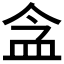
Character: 𥁌